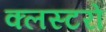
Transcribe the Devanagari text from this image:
क्लस्टरो